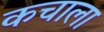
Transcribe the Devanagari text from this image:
कचाला